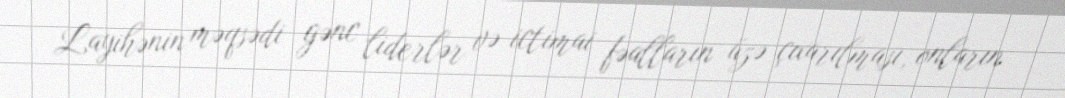
Layihənin məqsədi gənc liderlər və ictimai fəalların üzə çıxarılması, onların